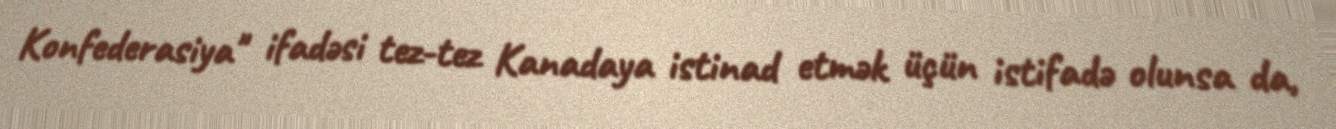
Konfederasiya" ifadəsi tez-tez Kanadaya istinad etmək üçün istifadə olunsa da,